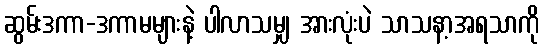
ဆွမ်းဒကာ-ဒကာမများနဲ့ ပါလာသမျှ အားလုံးပဲ သာသနာ့အရသာကို